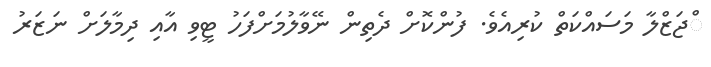
ްޖަޒްލާ މަސައްކަތް ކުރިއެވެ. ފުންކޮށް ދެތިން ނޭވާލުމަށްފަހު ޓީވި އާއި ދިމާލަށް ނަޒަރު